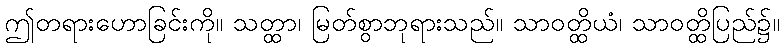
ဤတရားဟောခြင်းကို။ သတ္ထာ၊ မြတ်စွာဘုရားသည်။ သာဝတ္ထိယံ၊ သာဝတ္ထိပြည်၌။